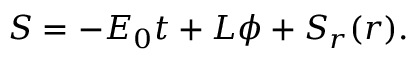
S = - { \cal { E } } _ { 0 } t + { \cal { L } } \phi + S _ { r } ( r ) .